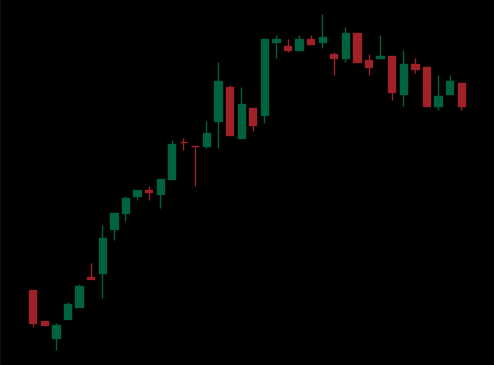
Pattern: bear_flag